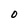
Character: 0